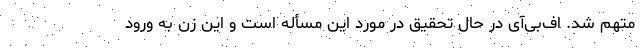
متهم شد. اف‌بی‌آی در حال تحقیق در مورد این مسأله است و این زن به ورود